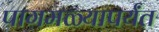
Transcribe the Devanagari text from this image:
पागमळ्यापर्यंत